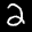
Label: 2